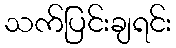
သက်ပြင်းချရင်း